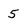
Character: 5